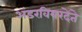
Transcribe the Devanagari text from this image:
अंडरवियरदेते